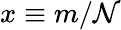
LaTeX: x\equiv m/\mathcal{N}